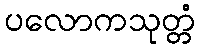
ပလောကသုတ္တံ